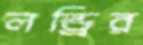
লন্ড্রির